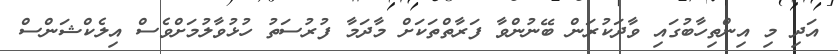
އަދި މި އިންތިހާބުގައި ވާދަކުރަން ބޭނުންވާ ފަރާތްތަކަށް މާދަމާ ފުރުސަތު ހުޅުވާލުމަށްވެސް އިލެކްޝަންސް